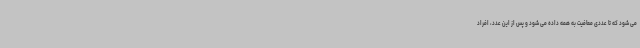
می شود که تا عددی معافیت به همه داده می شود و پس از این عدد، افراد